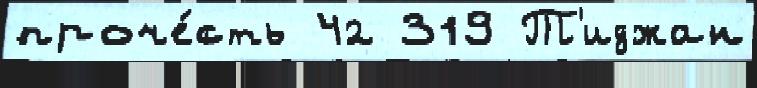
проче́сть 42 319 Т'иджан